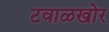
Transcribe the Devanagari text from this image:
टवाळखोर